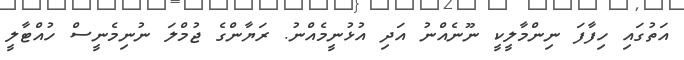
އަތުގައި ހިފާފަ ނިންމާލީކީ ނޫނެއްނު އަދި އުޅުނީމެއްނު. ރަޔާންގެ ޖުމްލަ ނުނިމެނީސް ހުއްޓާލީ